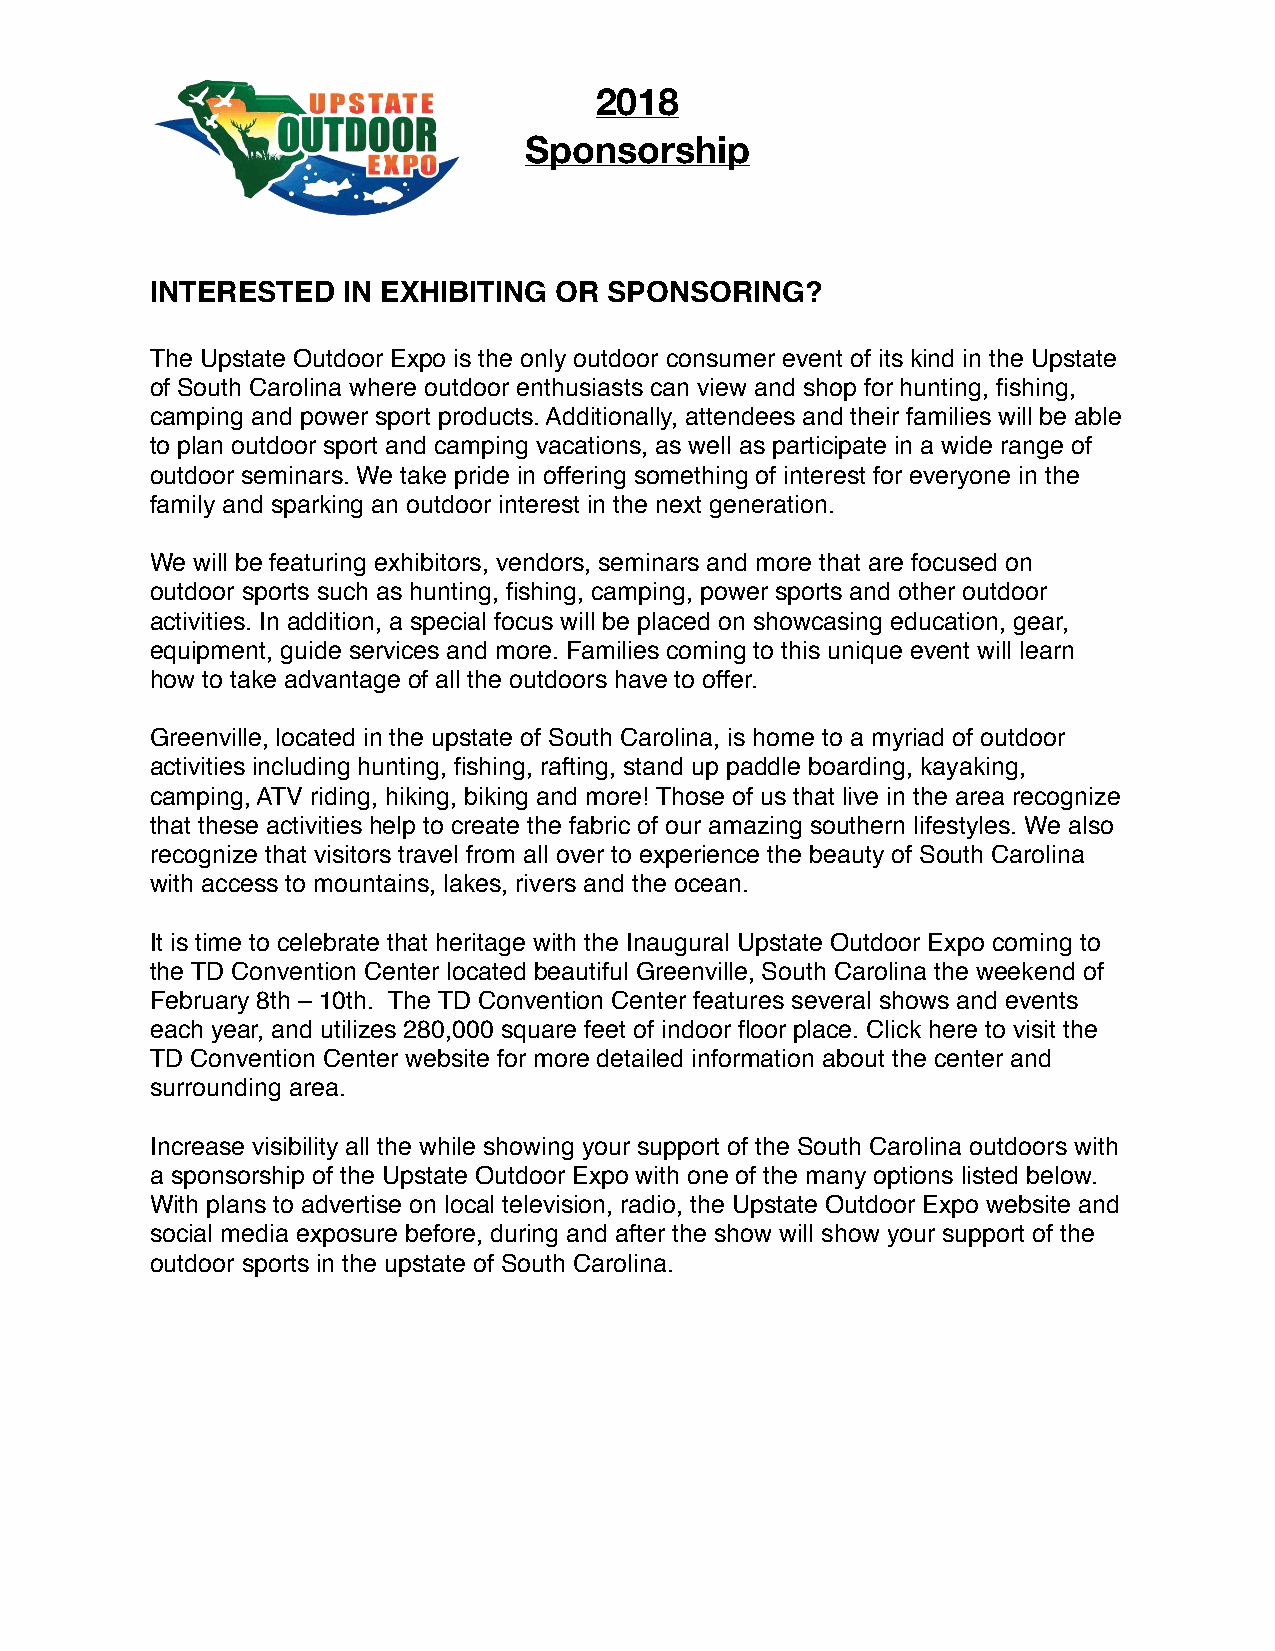
2018
 Sponsorship

 INTERESTED   IN EXHIBITING OR SPONSORING?
 The Upstate Outdoor Expo is the only outdoor consumer event of its kind in the Upstate
 of South Carolina where outdoor enthusiasts can view and shop for hunting, fishing,
 camping and power sport products. Additionally, attendees and their families will be able
 to plan outdoor sport and camping vacations, as well as participate in a wide range of
 outdoor seminars. We take pride in offering something of interest for everyone in the
 family and sparking an outdoor interest in the next generation.
 We will be featuring exhibitors, vendors, seminars and more that are focused on
 outdoor sports such as hunting, fishing, camping, power sports and other outdoor
 activities. In addition, a special focus will be placed on showcasing education, gear,
 equipment, guide services and more. Families coming to this unique event will learn
 how to take advantage of all the outdoors have to offer.
 Greenville, located in the upstate of South Carolina, is home to a myriad of outdoor
 activities including hunting, fishing, rafting, stand up paddle boarding, kayaking,
 camping, ATV riding, hiking, biking and more! Those of us that live in the area recognize
 that these activities help to create the fabric of our amazing southern lifestyles. We also
 recognize that visitors travel from all over to experience the beauty of South Carolina
 with access to mountains, lakes, rivers and the ocean.
 It is time to celebrate that heritage with the Inaugural Upstate Outdoor Expo coming to
 the TD Convention Center located beautiful Greenville, South Carolina the weekend of
 February 8th – 10th. The TD Convention Center features several shows and events
 each year, and utilizes 280,000 square feet of indoor floor place. Click here to visit the
 TD Convention Center website for more detailed information about the center and
 surrounding area.
 Increase visibility all the while showing your support of the South Carolina outdoors with
 a sponsorship of the Upstate Outdoor Expo with one of the many options listed below.
 With plans to advertise on local television, radio, the Upstate Outdoor Expo website and
 social media exposure before, during and after the show will show your support of the
 outdoor sports in the upstate of South Carolina.